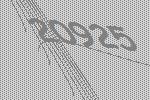
20925